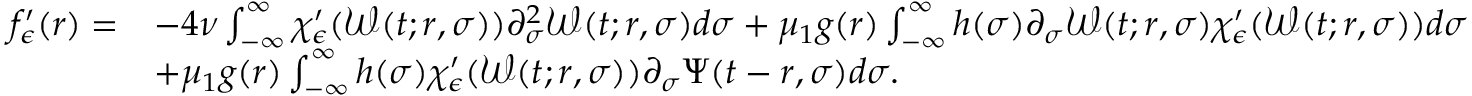
\begin{array} { r l } { f _ { \epsilon } ^ { \prime } ( r ) = } & { - 4 \nu \int _ { - \infty } ^ { \infty } \chi _ { \epsilon } ^ { \prime } ( \mathcal { W } ( t ; r , \sigma ) ) \partial _ { \sigma } ^ { 2 } \mathcal { W } ( t ; r , \sigma ) d \sigma + \mu _ { 1 } g ( r ) \int _ { - \infty } ^ { \infty } h ( \sigma ) \partial _ { \sigma } \mathcal { W } ( t ; r , \sigma ) \chi _ { \epsilon } ^ { \prime } ( \mathcal { W } ( t ; r , \sigma ) ) d \sigma } \\ & { + \mu _ { 1 } g ( r ) \int _ { - \infty } ^ { \infty } h ( \sigma ) \chi _ { \epsilon } ^ { \prime } ( \mathcal { W } ( t ; r , \sigma ) ) \partial _ { \sigma } \Psi ( t - r , \sigma ) d \sigma . } \end{array}